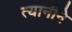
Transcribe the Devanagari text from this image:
त्यानीने